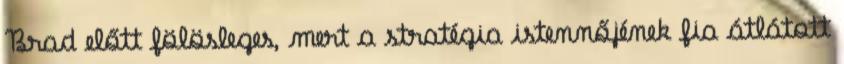
Brad előtt fölösleges, mert a stratégia istennőjének fia átlátott